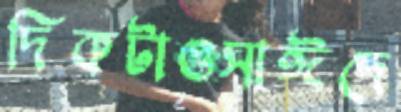
দিকটাওসাঈদে